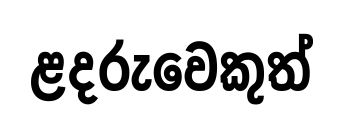
ළදරුවෙකුත්